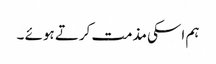
ہم اسکی مذمت کرتے ہوئے ۔